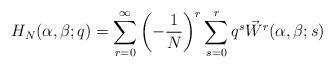
LaTeX: \begin{align*}H_N(\alpha,\beta;q) = \sum_{r=0}^\infty \left(-\frac{1}{N} \right)^r \sum_{s=0}^r q^s \vec{W}^r(\alpha,\beta;s)\end{align*}